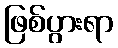
ဖြစ်ပွားရာ